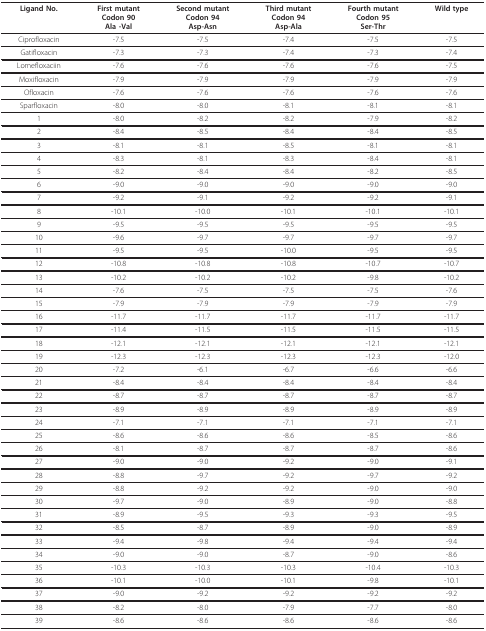
<table><thead><tr><td><b>Ligand No.</b></td><td><b>First mutantCodon 90Ala -Val</b></td><td><b>Second mutantCodon 94Asp-Asn</b></td><td><b>ThirdmutantCodon 94Asp-Ala</b></td><td><b>Fourth mutantCodon 95Ser-Thr</b></td><td><b>Wild type</b></td></tr></thead><tbody><tr><td>Ciprofloxacin</td><td>-7.5</td><td>-7.5</td><td>-7.4</td><td>-7.5</td><td>-7.5</td></tr><tr><td>Gatifloxacin</td><td>-7.3</td><td>-7.3</td><td>-7.4</td><td>-7.3</td><td>-7.4</td></tr><tr><td>Lomefloxaciin</td><td>-7.6</td><td>-7.6</td><td>-7.6</td><td>-7.6</td><td>-7.5</td></tr><tr><td>Moxifloxacin</td><td>-7.9</td><td>-7.9</td><td>-7.9</td><td>-7.9</td><td>-7.9</td></tr><tr><td>Ofloxacin</td><td>-7.6</td><td>-7.6</td><td>-7.6</td><td>-7.6</td><td>-7.6</td></tr><tr><td>Sparfloxacin</td><td>-8.0</td><td>-8.0</td><td>-8.1</td><td>-8.1</td><td>-8.1</td></tr><tr><td>1</td><td>-8.0</td><td>-8.2</td><td>-8.2</td><td>-7.9</td><td>-8.2</td></tr><tr><td>2</td><td>-8.4</td><td>-8.5</td><td>-8.4</td><td>-8.4</td><td>-8.5</td></tr><tr><td>3</td><td>-8.1</td><td>-8.1</td><td>-8.5</td><td>-8.1</td><td>-8.1</td></tr><tr><td>4</td><td>-8.3</td><td>-8.1</td><td>-8.3</td><td>-8.4</td><td>-8.1</td></tr><tr><td>5</td><td>-8.2</td><td>-8.4</td><td>-8.4</td><td>-8.2</td><td>-8.5</td></tr><tr><td>6</td><td>-9.0</td><td>-9.0</td><td>-9.0</td><td>-9.0</td><td>-9.0</td></tr><tr><td>7</td><td>-9.2</td><td>-9.1</td><td>-9.2</td><td>-9.2</td><td>-9.1</td></tr><tr><td>8</td><td>-10.1</td><td>-10.0</td><td>-10.1</td><td>-10.1</td><td>-10.1</td></tr><tr><td>9</td><td>-9.5</td><td>-9.5</td><td>-9.5</td><td>-9.5</td><td>-9.5</td></tr><tr><td>10</td><td>-9.6</td><td>-9.7</td><td>-9.7</td><td>-9.7</td><td>-9.7</td></tr><tr><td>11</td><td>-9.5</td><td>-9.5</td><td>-10.0</td><td>-9.5</td><td>-9.5</td></tr><tr><td>12</td><td>-10.8</td><td>-10.8</td><td>-10.8</td><td>-10.7</td><td>-10.7</td></tr><tr><td>13</td><td>-10.2</td><td>-10.2</td><td>-10.2</td><td>-9.8</td><td>-10.2</td></tr><tr><td>14</td><td>-7.6</td><td>-7.5</td><td>-7.5</td><td>-7.5</td><td>-7.6</td></tr><tr><td>15</td><td>-7.9</td><td>-7.9</td><td>-7.9</td><td>-7.9</td><td>-7.9</td></tr><tr><td>16</td><td>-11.7</td><td>-11.7</td><td>-11.7</td><td>-11.7</td><td>-11.7</td></tr><tr><td>17</td><td>-11.4</td><td>-11.5</td><td>-11.5</td><td>-11.5</td><td>-11.5</td></tr><tr><td>18</td><td>-12.1</td><td>-12.1</td><td>-12.1</td><td>-12.1</td><td>-12.1</td></tr><tr><td>19</td><td>-12.3</td><td>-12.3</td><td>-12.3</td><td>-12.3</td><td>-12.0</td></tr><tr><td>20</td><td>-7.2</td><td>-6.1</td><td>-6.7</td><td>-6.6</td><td>-6.6</td></tr><tr><td>21</td><td>-8.4</td><td>-8.4</td><td>-8.4</td><td>-8.4</td><td>-8.4</td></tr><tr><td>22</td><td>-8.7</td><td>-8.7</td><td>-8.7</td><td>-8.7</td><td>-8.7</td></tr><tr><td>23</td><td>-8.9</td><td>-8.9</td><td>-8.9</td><td>-8.9</td><td>-8.9</td></tr><tr><td>24</td><td>-7.1</td><td>-7.1</td><td>-7.1</td><td>-7.1</td><td>-7.1</td></tr><tr><td>25</td><td>-8.6</td><td>-8.6</td><td>-8.6</td><td>-8.5</td><td>-8.6</td></tr><tr><td>26</td><td>-8.1</td><td>-8.7</td><td>-8.7</td><td>-8.7</td><td>-8.6</td></tr><tr><td>27</td><td>-9.0</td><td>-9.0</td><td>-9.2</td><td>-9.0</td><td>-9.1</td></tr><tr><td>28</td><td>-8.8</td><td>-9.7</td><td>-9.2</td><td>-9.7</td><td>-9.2</td></tr><tr><td>29</td><td>-8.8</td><td>-9.2</td><td>-9.2</td><td>-9.0</td><td>-9.0</td></tr><tr><td>30</td><td>-9.7</td><td>-9.0</td><td>-8.9</td><td>-9.0</td><td>-8.8</td></tr><tr><td>31</td><td>-8.9</td><td>-9.5</td><td>-9.3</td><td>-9.3</td><td>-9.5</td></tr><tr><td>32</td><td>-8.5</td><td>-8.7</td><td>-8.9</td><td>-9.0</td><td>-8.9</td></tr><tr><td>33</td><td>-9.4</td><td>-9.8</td><td>-9.4</td><td>-9.4</td><td>-9.4</td></tr><tr><td>34</td><td>-9.0</td><td>-9.0</td><td>-8.7</td><td>-9.0</td><td>-8.6</td></tr><tr><td>35</td><td>-10.3</td><td>-10.3</td><td>-10.3</td><td>-10.4</td><td>-10.3</td></tr><tr><td>36</td><td>-10.1</td><td>-10.0</td><td>-10.1</td><td>-9.8</td><td>-10.1</td></tr><tr><td>37</td><td>-9.0</td><td>-9.2</td><td>-9.2</td><td>-9.2</td><td>-9.2</td></tr><tr><td>38</td><td>-8.2</td><td>-8.0</td><td>-7.9</td><td>-7.7</td><td>-8.0</td></tr><tr><td>39</td><td>-8.6</td><td>-8.6</td><td>-8.6</td><td>-8.6</td><td>-8.6</td></tr></tbody></table>